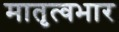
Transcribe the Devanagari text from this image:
मातृत्वभार